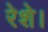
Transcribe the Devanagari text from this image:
रेशे।